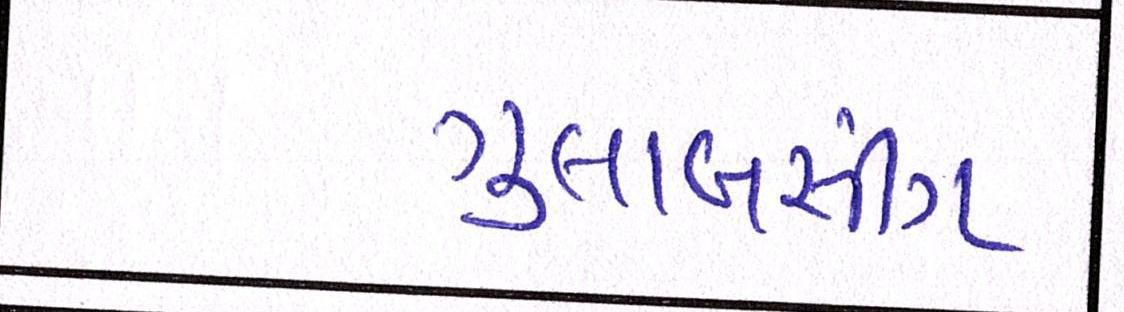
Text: ગુલાબસીંગ